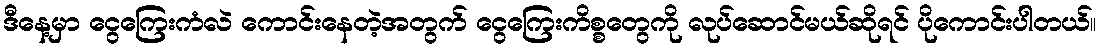
ဒီနေ့မှာ ငွေကြေးကံလဲ ကောင်းနေတဲ့အတွက် ငွေကြေးကိစ္စတွေကို လုပ်ဆောင်မယ်ဆိုရင် ပိုကောင်းပါတယ်။